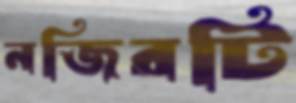
নজিরটি